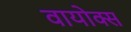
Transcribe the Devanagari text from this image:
वायोक्स